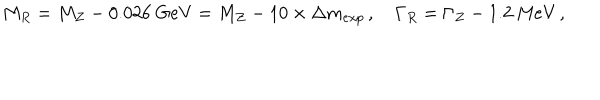
LaTeX: M _ { R } = M _ { Z } - 0 . 0 2 6 \ \mathrm { G e V } = M _ { Z } - 1 0 \times \Delta m _ { e x p } \, , \quad \Gamma _ { R } = \Gamma _ { Z } - 1 . 2 \ \mathrm { M e V } \, ,